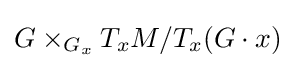
G\times _{G_{x}}T_{x}M/T_{x}(G\cdot x)